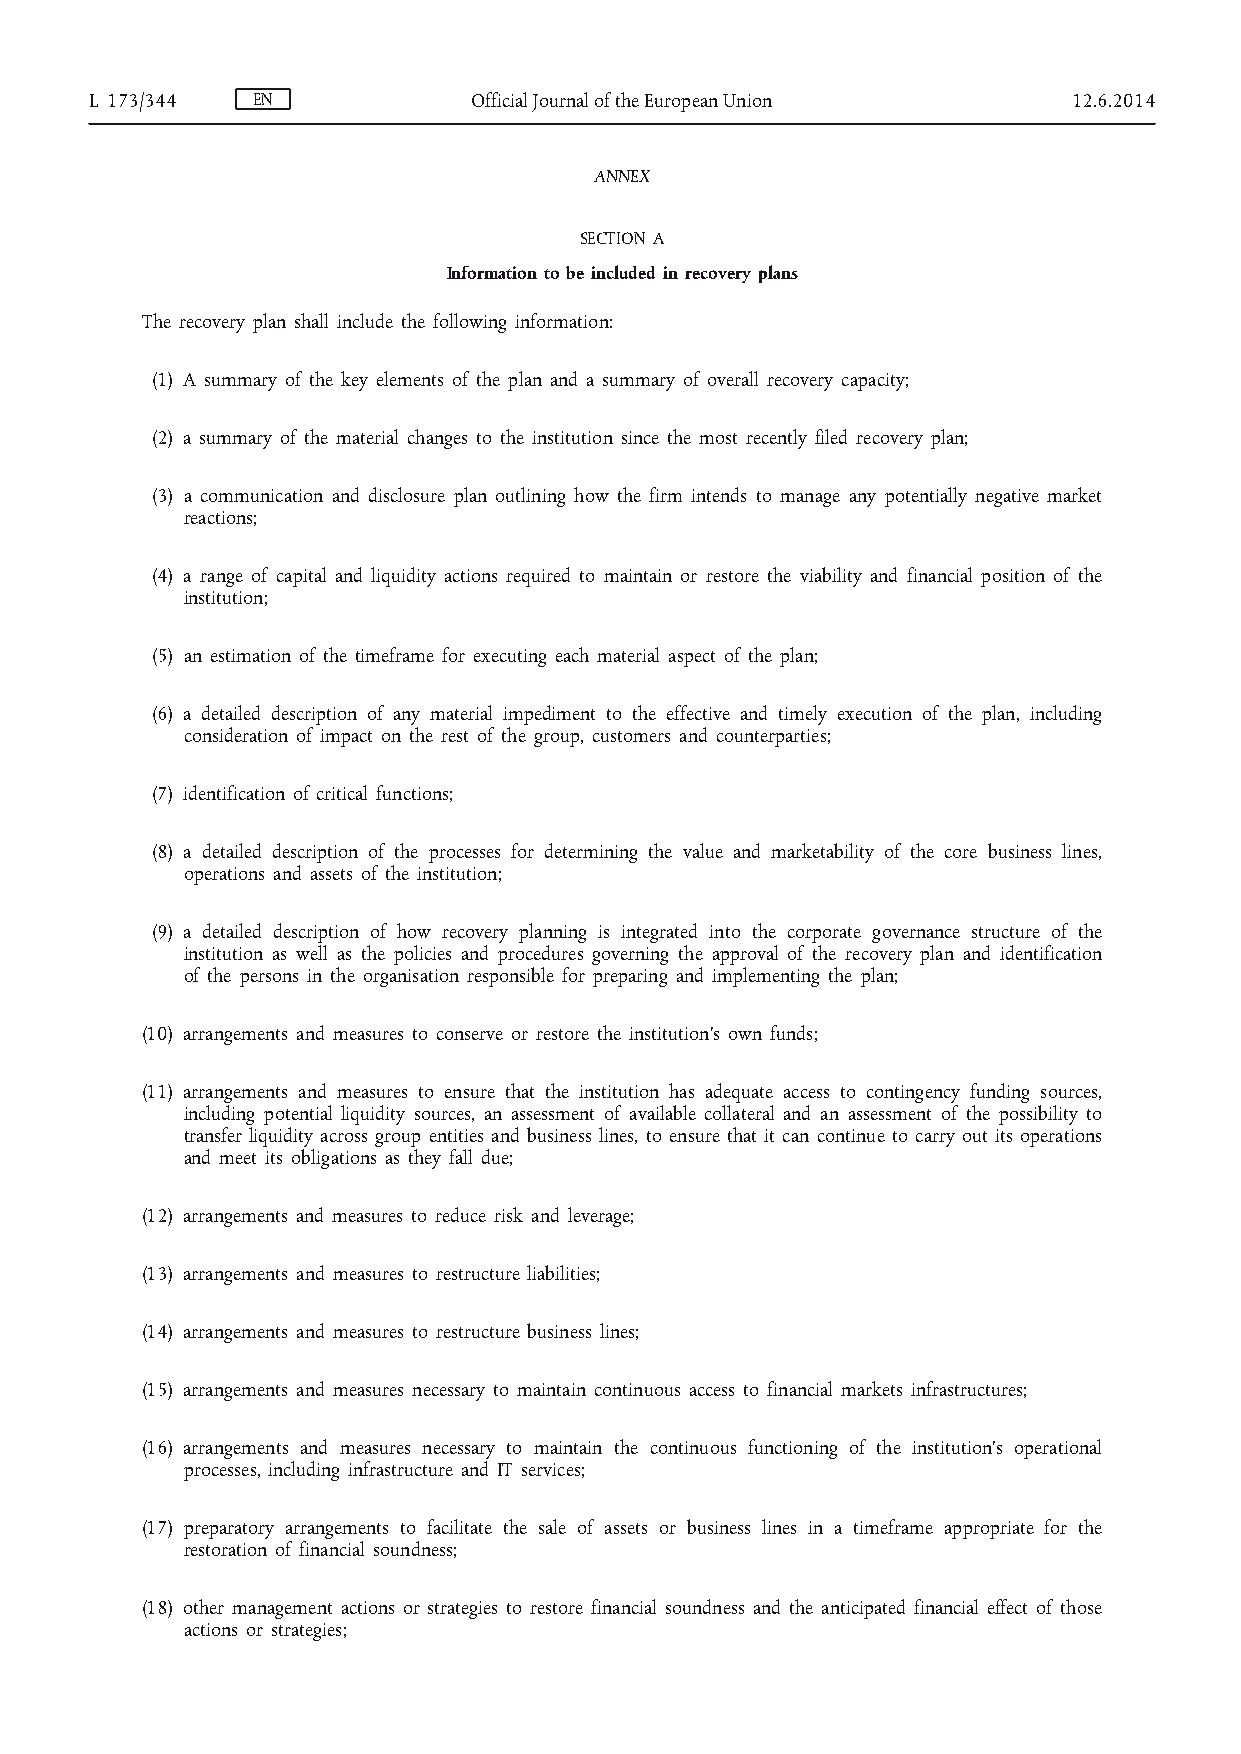
L 173/344  EN            Official Journal of the European Union  12.6.2014
 ANNEX
 SECTION A
 Information to be included in recovery plans
 The recovery plan shall include the following information:
 (1) A summary of the key elements of the plan and a summary of overall recovery capacity;
 (2) a summary of the material changes to the institution since the most recently filed recovery plan;
 (3) a communication and disclosure plan outlining how the firm intends to manage any potentially negative market
 reactions;
 (4) a range of capital and liquidity actions required to maintain or restore the viability and financial position of the
 institution;
 (5) an estimation of the timeframe for executing each material aspect of the plan;
 (6) a detailed description of any material impediment to the effective and timely execution of the plan, including
 consideration of impact on the rest of the group, customers and counterparties;
 (7) identification of critical functions;
 (8) a detailed description of the processes for determining the value and marketability of the core business lines,
 operations and assets of the institution;
 (9) a detailed description of how recovery planning is integrated into the corporate governance structure of the
 institution as well as the policies and procedures governing the approval of the recovery plan and identification
 of the persons in the organisation responsible for preparing and implementing the plan;
 (10) arrangements and measures to conserve or restore the institution’s own funds;
 (11) arrangements and measures to ensure that the institution has adequate access to contingency funding sources,
 including potential liquidity sources, an assessment of available collateral and an assessment of the possibility to
 transfer liquidity across group entities and business lines, to ensure that it can continue to carry out its operations
 and meet its obligations as they fall due;
 (12) arrangements and measures to reduce risk and leverage;
 (13) arrangements and measures to restructure liabilities;
 (14) arrangements and measures to restructure business lines;
 (15) arrangements and measures necessary to maintain continuous access to financial markets infrastructures;
 (16) arrangements and measures necessary to maintain the continuous functioning of the institution’s operational
 processes, including infrastructure and IT services;
 (17) preparatory arrangements to facilitate the sale of assets or business lines in a timeframe appropriate for the
 restoration of financial soundness;
 (18) other management actions or strategies to restore financial soundness and the anticipated financial effect of those
 actions or strategies;